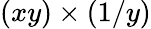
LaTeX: (xy)\times(1/y)